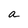
Character: a